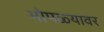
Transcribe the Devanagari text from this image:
भोपळ्यावर